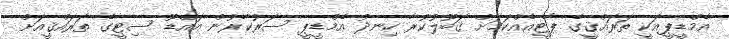
އެމްޑީޕީއަކީ ތަރައްޤީގެ ޕާޓީއެއްކަމަށް ޤަބޫލުކުރާ ހިނދު އެމްޑީޕީ ސަރުކާރުން އައްޑޫ ސިޓީގެ ތަރައްޤީއަށް